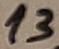
Text: 13